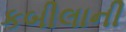
કબીલાની